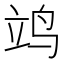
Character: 𫁡